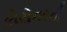
કોરોનરની